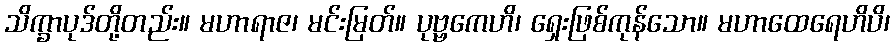
သိက္ခာပုဒ်တို့တည်း။ မဟာရာဇ၊ မင်းမြတ်။ ပုဗ္ဗကေဟိ၊ ရှေးဖြစ်ကုန်သော။ မဟာထေရေဟိပိ၊